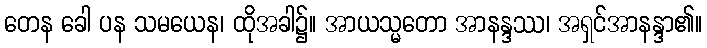
တေန ခေါ ပန သမယေန၊ ထိုအခါ၌။ အာယသ္မတော အာနန္ဒဿ၊ အရှင်အာနန္ဒာ၏။